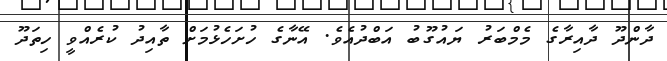
ދާންދޫ ދާއިރާގެ މެމްބަރު ޔައުގޫބު އަބްދުއެވެ. އޭނާގެ ހުށަހެޅުމަށް ތާއިދު ކުރެއްވީ ހިތަދޫ